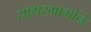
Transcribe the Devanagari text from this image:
सागरमार्गाने